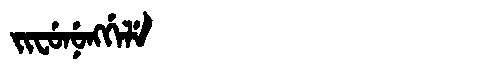
Manchu: ᠵᡳᠸᡠᠨᡠᠩᡤᡝᠯᡝ
Romanization: JIFUNUNGGELE